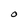
Character: O